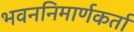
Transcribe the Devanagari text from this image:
भवननिमार्णकर्ता